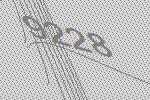
9228